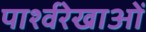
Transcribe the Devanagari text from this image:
पार्श्वरेखाओं